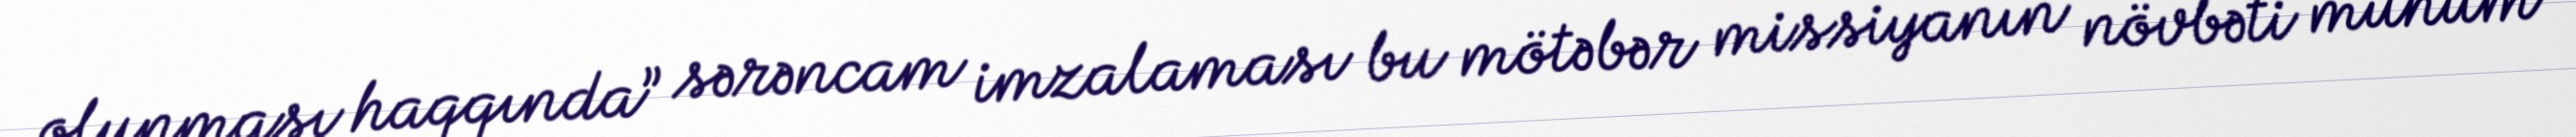
olunması haqqında” sərəncam imzalaması bu mötəbər missiyanın növbəti mühüm